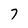
Character: 7